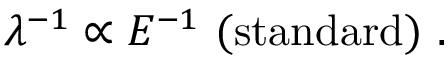
\lambda ^ { - 1 } \propto E ^ { - 1 } \ \mathrm { ( s t a n d a r d ) } \ .